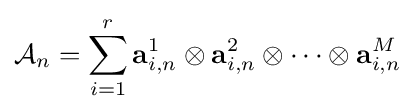
{\mathcal {A}}_{n}=\sum _{i=1}^{r}\mathbf {a} _{i,n}^{1}\otimes \mathbf {a} _{i,n}^{2}\otimes \cdots \otimes \mathbf {a} _{i,n}^{M}